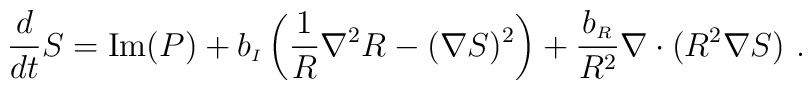
{{d}\over{dt}} S = {\rm Im}(P) + b_{\scriptscriptstyle I}\left(\frac{1}{R}\nabla^2 R- (\nabla S)^2\right)+{{b_{\scriptscriptstyle R}}\over{R^2}} \nabla\cdot (R^2 \nabla S)~.~~